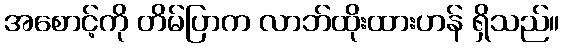
အစောင့်ကို တိမ်ပြာက လာဘ်ထိုးထားဟန် ရှိသည်။